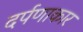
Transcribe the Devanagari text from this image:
दर्पणाकार